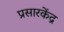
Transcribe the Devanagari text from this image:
प्रसारकेंद्र